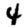
Digit: 4